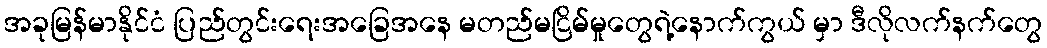
အခုမြန်မာနိုင်ငံ ပြည်တွင်းရေးအခြေအနေ မတည်မငြိမ်မှုတွေရဲ့နောက်ကွယ် မှာ ဒီလိုလက်နက်တွေ